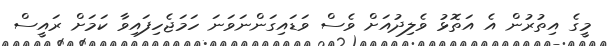
މީގެ އިތުރުން އެ އަތޮޅު ވެލިދުއަށް ވެސް ވަޑައިގަންނަވަނަ ހަމަޖެހިފައިވާ ކަމަށް ރައީސް